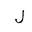
Letter: _lam